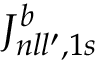
{ \cal J } _ { n l l ^ { \prime } , 1 s } ^ { b }